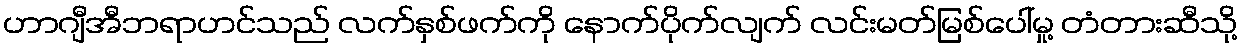
ဟာဂျီအီဘရာဟင်သည် လက်နှစ်ဖက်ကို နောက်ပိုက်လျက် လင်းမတ်မြစ်ပေါ်မှု့ တံတားဆီသို့